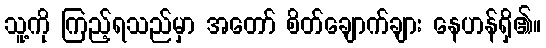
သူ့ကို ကြည့်ရသည်မှာ အတော် စိတ်ချောက်ချား နေဟန်ရှိ၏။